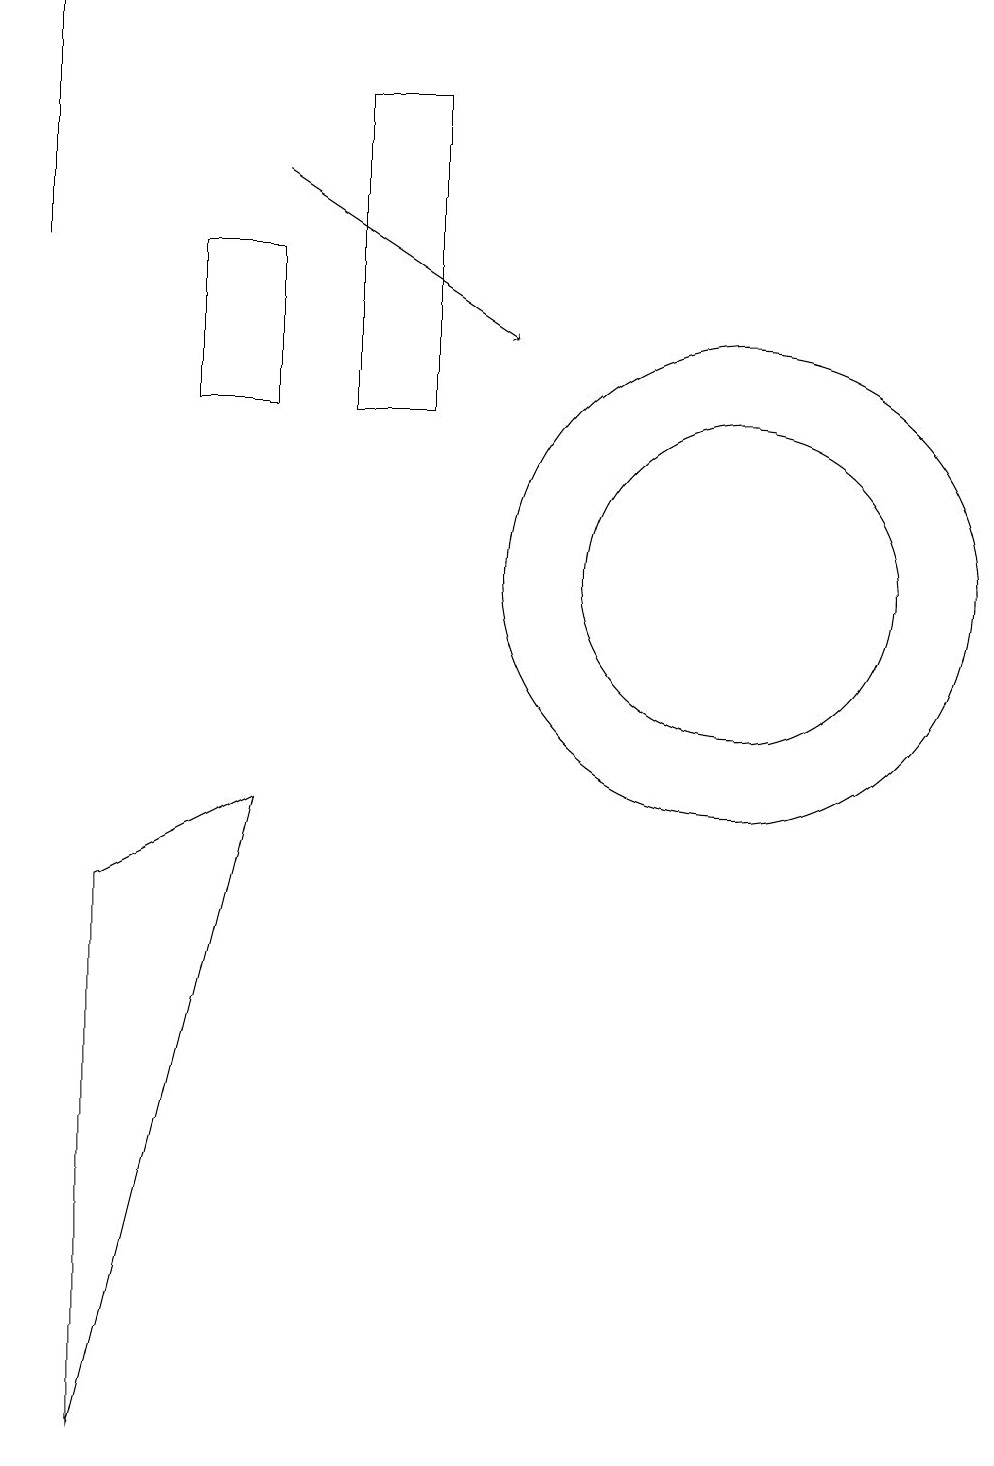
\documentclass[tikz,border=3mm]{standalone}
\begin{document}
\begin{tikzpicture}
\draw (4,8) -- (2,0) -- (2,7) -- cycle;
\draw (10,11) circle (3);
\draw (6,13) rectangle (5,17);
\draw (1,15) rectangle (1,18);
\draw (4,15) rectangle (3,13);
\draw (10,11) circle (2);
\draw[->] (4,16) -- (7,14);
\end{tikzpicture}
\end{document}